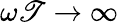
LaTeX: \omega\mathscr{T}\rightarrow\infty